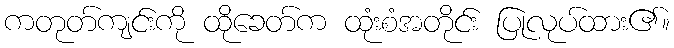
ကတုတ်ကျင်းကို ထိုခေတ်က ထုံးစံအတိုင်း ပြုလုပ်ထား၏။